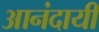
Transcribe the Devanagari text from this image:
आनंदायी